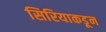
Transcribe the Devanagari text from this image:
सिरियाकडून